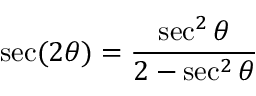
\sec ( 2 \theta ) = { \frac { \sec ^ { 2 } \theta } { 2 - \sec ^ { 2 } \theta } }